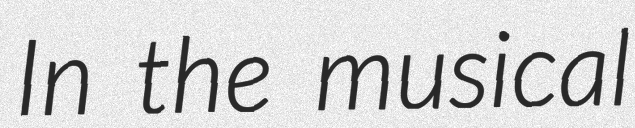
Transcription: In the musical